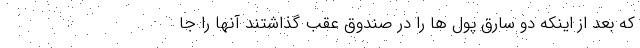
که بعد از اینکه دو سارق پول ها را در صندوق عقب گذاشتند آنها را جا